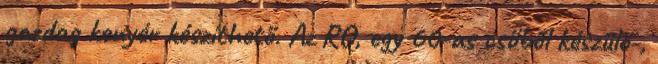
gazdag kenyér készíthető. Az RO, egy 60-as csőből készülő-,